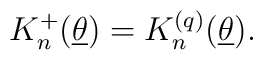
K_{n}^{+}(\underline{\theta })=K_{n}^{(q)}(\underline{\theta }).